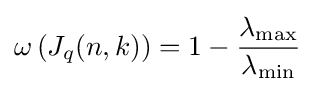
\omega \left(J_{q}(n,k)\right)=1-{\frac {\lambda _{\max }}{\lambda _{\min }}}